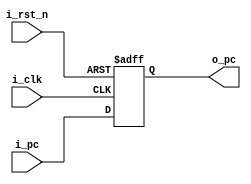
module pc(
	i_clk,
	i_rst_n,
	i_pc,
	o_pc
	);

	input               i_clk, i_rst_n;
	input       [31:0]  i_pc;
	output  reg [31:0]  o_pc;

	always @(posedge i_clk, negedge i_rst_n) begin
		if(~i_rst_n) begin
			o_pc = 0;
		end else begin
			o_pc = i_pc;
		end
	end

endmodule